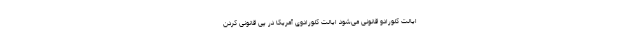
ایالت کلورادو قانونی می‌شود ایالت کلورادوی آمریکا در پی قانونی کردن